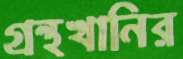
গ্রন্থখানির